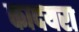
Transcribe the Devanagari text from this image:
कादयरा